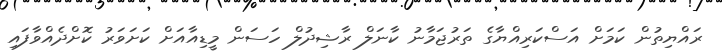
ރައްޔިތުން ކަމަށް އަސްކަރިއްޔާގެ ތަރުޖަމާނު ކާނަލް ރާޝިދުލް ހަސަން މީޑިއާއަށް ކަށަވަރު ކޮށްދެއްވާފައި